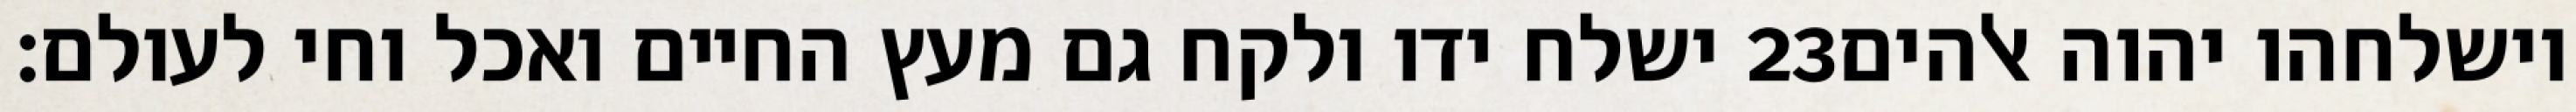
ישלח ידו ולקח גם מעץ החיים ואכל וחי לעולם׃ ‎23‏ וישלחהו יהוה אלהים